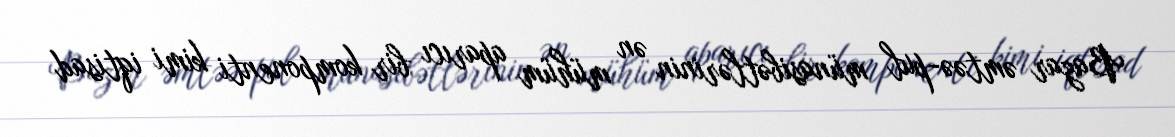
Bazar əmtəə-pul münasibətlərinin ən mühüm aparıcı bir komponenti kimi iqtisad